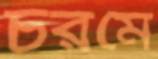
চরমে